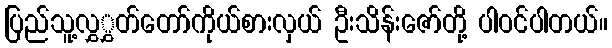
ပြည်သူ့လွှွှတ်တော်ကိုယ်စားလှယ် ဦးသိန်းဇော်တို့ ပါဝင်ပါတယ်။